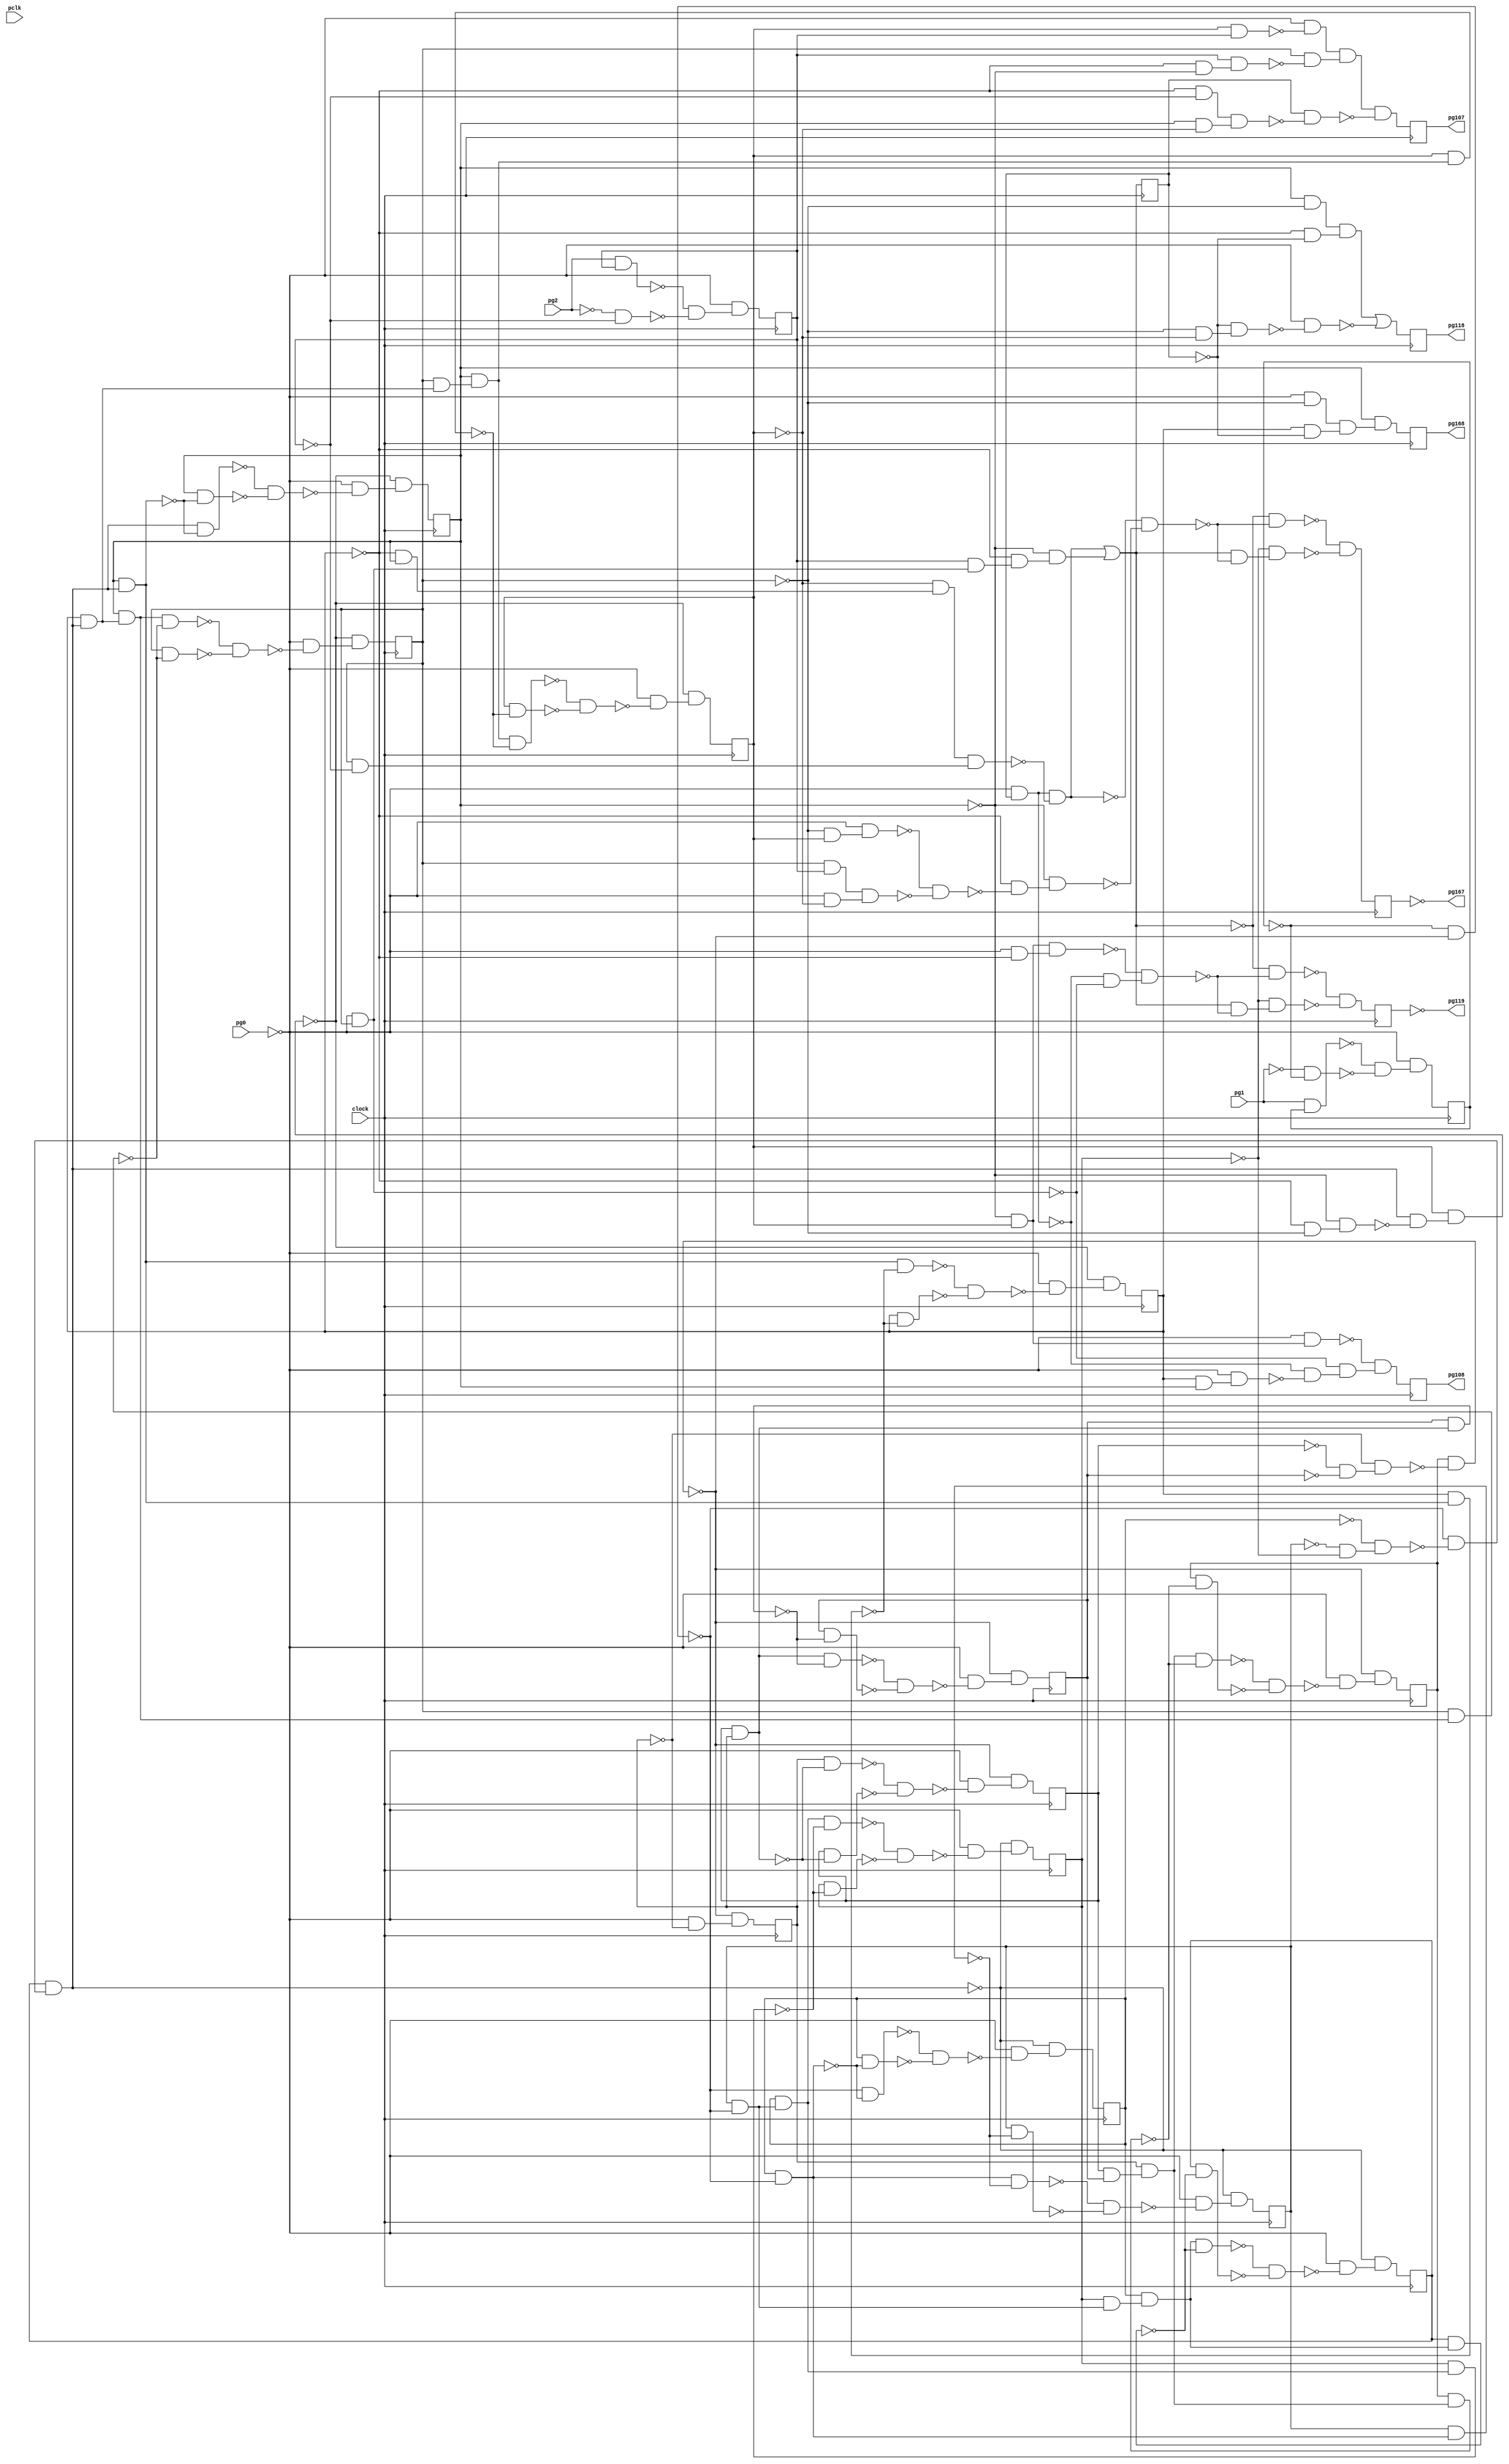
module top ( clock, 
    pg2, pg1, pg0, pclk,
    pg118, pg119, pg168, pg167, pg108, pg107  );
  input  clock;
  input  pg2, pg1, pg0, pclk;
  output pg118, pg119, pg168, pg167, pg108, pg107;
  reg ng20, ng16, ng17, ng18, ng19, ng12, ng13, ng14, ng15, ng11, ng21,
    ng22, ng31, ng23, ng24, ng25, ng26, ng27, ng28, ng29, ng30;
  wire new_n74_, new_n75_, new_n76_, new_n77_1_, new_n78_, new_n79_,
    new_n80_, new_n81_, new_n82_1_, new_n83_, new_n84_, new_n85_, new_n86_,
    new_n87_1_, new_n88_, new_n89_, new_n90_, new_n91_, new_n93_, new_n94_,
    new_n95_, new_n96_, new_n97_1_, new_n98_, new_n100_, new_n101_,
    new_n102_1_, new_n103_, new_n104_, new_n105_, new_n106_, new_n108_,
    new_n109_, new_n110_, new_n111_, new_n112_1_, new_n113_, new_n114_,
    new_n116_, new_n117_1_, new_n118_, new_n119_, new_n121_, new_n122_1_,
    new_n123_, new_n124_, new_n125_, new_n127_, new_n128_, new_n129_,
    new_n130_, new_n131_, new_n133_, new_n134_, new_n135_, new_n136_,
    new_n137_, new_n138_, new_n139_, new_n141_, new_n142_, new_n143_,
    new_n144_, new_n146_, new_n148_, new_n149_, new_n150_, new_n151_,
    new_n152_, new_n153_, new_n154_, new_n156_, new_n157_, new_n158_,
    new_n159_, new_n160_, new_n161_, new_n162_, new_n164_, new_n165_,
    new_n166_, new_n168_, new_n169_, new_n170_, new_n172_, new_n173_,
    new_n174_, new_n175_, new_n176_, new_n177_, new_n178_, new_n179_,
    new_n180_, new_n181_, new_n183_, new_n184_, new_n185_, new_n186_,
    new_n187_, new_n188_, new_n189_, new_n190_, new_n191_, new_n192_,
    new_n194_, new_n195_, new_n196_, new_n197_, new_n198_, new_n199_,
    new_n201_, new_n202_, new_n203_, new_n204_, new_n205_, new_n206_,
    new_n208_, new_n209_, new_n210_, new_n211_, new_n212_, new_n213_,
    new_n214_, new_n216_, new_n217_, new_n218_, new_n219_, new_n220_,
    new_n221_, new_n222_, new_n223_, new_n224_, new_n225_, new_n226_,
    new_n227_, new_n229_, new_n230_, new_n231_, n22, n27, n32, n37, n42,
    n47, n52, n57, n62, n67, n72, n77, n82, n87, n92, n97, n102, n107,
    n112, n117, n122;
  assign new_n74_ = ~ng12 & ~ng13;
  assign new_n75_ = ~ng11 & new_n74_;
  assign new_n76_ = ng14 & ~new_n75_;
  assign new_n77_1_ = ~ng31 & ~new_n76_;
  assign new_n78_ = ~ng16 & ~ng17;
  assign new_n79_ = ~ng15 & new_n78_;
  assign new_n80_ = ~new_n77_1_ & ~new_n79_;
  assign new_n81_ = ng18 & new_n80_;
  assign new_n82_1_ = ng19 & new_n81_;
  assign new_n83_ = ng20 & new_n82_1_;
  assign new_n84_ = new_n82_1_ & ~new_n83_;
  assign new_n85_ = ng20 & ~new_n83_;
  assign new_n86_ = ~new_n84_ & ~new_n85_;
  assign new_n87_1_ = ~ng20 & ~ng21;
  assign new_n88_ = ~ng19 & new_n87_1_;
  assign new_n89_ = new_n81_ & ~new_n88_;
  assign new_n90_ = ng22 & new_n89_;
  assign new_n91_ = ~pg0 & ~new_n86_;
  assign n22 = ~new_n90_ & new_n91_;
  assign new_n93_ = ng15 & ~new_n77_1_;
  assign new_n94_ = ng16 & new_n93_;
  assign new_n95_ = new_n93_ & ~new_n94_;
  assign new_n96_ = ng16 & ~new_n94_;
  assign new_n97_1_ = ~new_n95_ & ~new_n96_;
  assign new_n98_ = ~pg0 & ~new_n97_1_;
  assign n27 = ~new_n81_ & new_n98_;
  assign new_n100_ = ng16 & ~new_n77_1_;
  assign new_n101_ = ng15 & new_n100_;
  assign new_n102_1_ = ng17 & new_n101_;
  assign new_n103_ = new_n101_ & ~new_n102_1_;
  assign new_n104_ = ng17 & ~new_n102_1_;
  assign new_n105_ = ~new_n103_ & ~new_n104_;
  assign new_n106_ = ~pg0 & ~new_n105_;
  assign n32 = ~new_n81_ & new_n106_;
  assign new_n108_ = ng17 & new_n100_;
  assign new_n109_ = ng15 & new_n108_;
  assign new_n110_ = ng18 & new_n109_;
  assign new_n111_ = new_n109_ & ~new_n110_;
  assign new_n112_1_ = ng18 & ~new_n110_;
  assign new_n113_ = ~new_n111_ & ~new_n112_1_;
  assign new_n114_ = ~pg0 & ~new_n113_;
  assign n37 = ~new_n81_ & new_n114_;
  assign new_n116_ = new_n81_ & ~new_n82_1_;
  assign new_n117_1_ = ng19 & ~new_n82_1_;
  assign new_n118_ = ~new_n116_ & ~new_n117_1_;
  assign new_n119_ = ~pg0 & ~new_n118_;
  assign n42 = ~new_n90_ & new_n119_;
  assign new_n121_ = ng12 & ng11;
  assign new_n122_1_ = ng11 & ~new_n121_;
  assign new_n123_ = ng12 & ~new_n121_;
  assign new_n124_ = ~new_n122_1_ & ~new_n123_;
  assign new_n125_ = ~pg0 & ~new_n124_;
  assign n47 = ~new_n76_ & new_n125_;
  assign new_n127_ = ng13 & new_n121_;
  assign new_n128_ = new_n121_ & ~new_n127_;
  assign new_n129_ = ng13 & ~new_n127_;
  assign new_n130_ = ~new_n128_ & ~new_n129_;
  assign new_n131_ = ~pg0 & ~new_n130_;
  assign n52 = ~new_n76_ & new_n131_;
  assign new_n133_ = ng12 & ng13;
  assign new_n134_ = ng11 & new_n133_;
  assign new_n135_ = ng14 & new_n134_;
  assign new_n136_ = new_n134_ & ~new_n135_;
  assign new_n137_ = ng14 & ~new_n135_;
  assign new_n138_ = ~new_n136_ & ~new_n137_;
  assign new_n139_ = ~pg0 & ~new_n138_;
  assign n57 = ~new_n76_ & new_n139_;
  assign new_n141_ = ~new_n77_1_ & ~new_n93_;
  assign new_n142_ = ng15 & ~new_n93_;
  assign new_n143_ = ~new_n141_ & ~new_n142_;
  assign new_n144_ = ~pg0 & ~new_n143_;
  assign n62 = ~new_n81_ & new_n144_;
  assign new_n146_ = ~pg0 & ~ng11;
  assign n67 = ~new_n76_ & new_n146_;
  assign new_n148_ = ng20 & new_n81_;
  assign new_n149_ = ng19 & new_n148_;
  assign new_n150_ = ng21 & new_n149_;
  assign new_n151_ = new_n149_ & ~new_n150_;
  assign new_n152_ = ng21 & ~new_n150_;
  assign new_n153_ = ~new_n151_ & ~new_n152_;
  assign new_n154_ = ~pg0 & ~new_n153_;
  assign n72 = ~new_n90_ & new_n154_;
  assign new_n156_ = ng21 & new_n148_;
  assign new_n157_ = ng19 & new_n156_;
  assign new_n158_ = ng22 & new_n157_;
  assign new_n159_ = new_n157_ & ~new_n158_;
  assign new_n160_ = ng22 & ~new_n158_;
  assign new_n161_ = ~new_n159_ & ~new_n160_;
  assign new_n162_ = ~pg0 & ~new_n161_;
  assign n77 = ~new_n90_ & new_n162_;
  assign new_n164_ = pg1 & ng31;
  assign new_n165_ = ~pg1 & ~ng31;
  assign new_n166_ = ~new_n164_ & ~new_n165_;
  assign n82 = ~pg0 & new_n166_;
  assign new_n168_ = pg2 & ng23;
  assign new_n169_ = ~pg2 & ~ng23;
  assign new_n170_ = ~new_n168_ & ~new_n169_;
  assign n87 = ~pg0 & new_n170_;
  assign new_n172_ = ~pg0 & ng24;
  assign new_n173_ = ~ng20 & ng19;
  assign new_n174_ = ~ng22 & new_n173_;
  assign new_n175_ = ng21 & ~ng23;
  assign new_n176_ = new_n174_ & new_n175_;
  assign new_n177_ = new_n172_ & ~new_n176_;
  assign new_n178_ = ~pg0 & ng21;
  assign new_n179_ = ng23 & new_n178_;
  assign new_n180_ = ~ng20 & new_n179_;
  assign new_n181_ = ~ng19 & new_n180_;
  assign n92 = new_n177_ | new_n181_;
  assign new_n183_ = ng22 & ng23;
  assign new_n184_ = ~ng20 & ~ng19;
  assign new_n185_ = ng23 & new_n184_;
  assign new_n186_ = ~pg0 & ~new_n183_;
  assign new_n187_ = ng21 & ~new_n185_;
  assign new_n188_ = new_n186_ & new_n187_;
  assign new_n189_ = ~ng20 & ~ng23;
  assign new_n190_ = ng19 & ~ng22;
  assign new_n191_ = new_n189_ & new_n190_;
  assign new_n192_ = ng24 & ~new_n191_;
  assign n97 = new_n188_ & ~new_n192_;
  assign new_n194_ = ng20 & ng19;
  assign new_n195_ = ~pg0 & new_n194_;
  assign new_n196_ = ~ng19 & ng22;
  assign new_n197_ = ~pg0 & new_n196_;
  assign new_n198_ = ~new_n172_ & ~new_n195_;
  assign new_n199_ = ~new_n178_ & new_n198_;
  assign n102 = ~new_n197_ & new_n199_;
  assign new_n201_ = ~ng21 & ~ng22;
  assign new_n202_ = ~ng24 & new_n201_;
  assign new_n203_ = ng19 & ~ng21;
  assign new_n204_ = ~ng20 & ~ng24;
  assign new_n205_ = new_n203_ & new_n204_;
  assign new_n206_ = ~pg0 & ~new_n202_;
  assign n107 = new_n205_ | ~new_n206_;
  assign new_n208_ = ~pg0 & ~ng20;
  assign new_n209_ = new_n196_ & new_n208_;
  assign new_n210_ = ~new_n172_ & ~new_n178_;
  assign new_n211_ = ~new_n209_ & new_n210_;
  assign new_n212_ = ~n92 & ~new_n211_;
  assign new_n213_ = n92 & ~new_n211_;
  assign new_n214_ = ~ng17 & new_n213_;
  assign n112 = ~new_n212_ & ~new_n214_;
  assign new_n216_ = ~ng21 & ng22;
  assign new_n217_ = ~pg0 & new_n216_;
  assign new_n218_ = ng21 & ng23;
  assign new_n219_ = ~pg0 & ~ng22;
  assign new_n220_ = new_n218_ & new_n219_;
  assign new_n221_ = ~new_n217_ & ~new_n220_;
  assign new_n222_ = ~ng20 & ~new_n221_;
  assign new_n223_ = ~ng19 & new_n222_;
  assign new_n224_ = ~new_n177_ & ~new_n223_;
  assign new_n225_ = ~n92 & ~new_n224_;
  assign new_n226_ = n92 & ~new_n224_;
  assign new_n227_ = ~ng17 & new_n226_;
  assign n117 = ~new_n225_ & ~new_n227_;
  assign new_n229_ = ~pg0 & ~ng21;
  assign new_n230_ = ng20 & ~ng24;
  assign new_n231_ = new_n229_ & new_n230_;
  assign n122 = ng19 & new_n231_;
  assign pg119 = ~ng28;
  assign pg167 = ~ng29;
  assign pg118 = ng27;
  assign pg168 = ng30;
  assign pg108 = ng26;
  assign pg107 = ng25;
  always @ (posedge clock) begin
    ng20 <= n22;
    ng16 <= n27;
    ng17 <= n32;
    ng18 <= n37;
    ng19 <= n42;
    ng12 <= n47;
    ng13 <= n52;
    ng14 <= n57;
    ng15 <= n62;
    ng11 <= n67;
    ng21 <= n72;
    ng22 <= n77;
    ng31 <= n82;
    ng23 <= n87;
    ng24 <= n92;
    ng25 <= n97;
    ng26 <= n102;
    ng27 <= n107;
    ng28 <= n112;
    ng29 <= n117;
    ng30 <= n122;
  end
endmodule